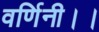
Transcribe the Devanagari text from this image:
वर्णिनी।।